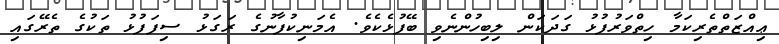
ޢިއްޒަތްތެރިކަމާ ހިތްވަރުފުޅު ގަދަކަން ލިބިހުންނެވި ބޭފުޅެކެވެ. އެމަނިކުފާނުގެ ރަގަޅު ސިފަފުޅު ތަކުގެ ތެރޭގައި